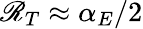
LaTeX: \mathscr{R}_{T}\approx\alpha_{E}/2